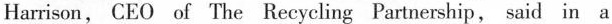
Harrison, CEO of The Recycling Partnership, said in a